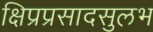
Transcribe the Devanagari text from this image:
क्षिप्रप्रसादसुलभ